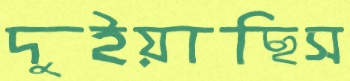
দুইয়াছিস